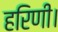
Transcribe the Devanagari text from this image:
हरिणी।